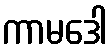
ကာမဒေါ